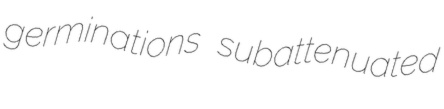
germinations subattenuated